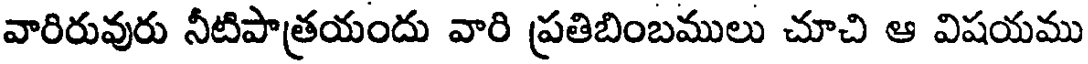
వారిరువురు నీటిపాత్రయందు వారి ప్రతిబింబములు చూచి ఆ విషయము